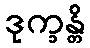
ဒုက္ခန္တိ